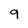
Character: 9